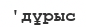
'дұрыс